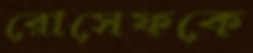
রোসেফকে